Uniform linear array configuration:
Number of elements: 64
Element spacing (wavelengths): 1
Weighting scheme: uniform
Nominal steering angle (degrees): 15
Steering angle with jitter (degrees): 16.117
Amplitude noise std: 0.05
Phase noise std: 0.05

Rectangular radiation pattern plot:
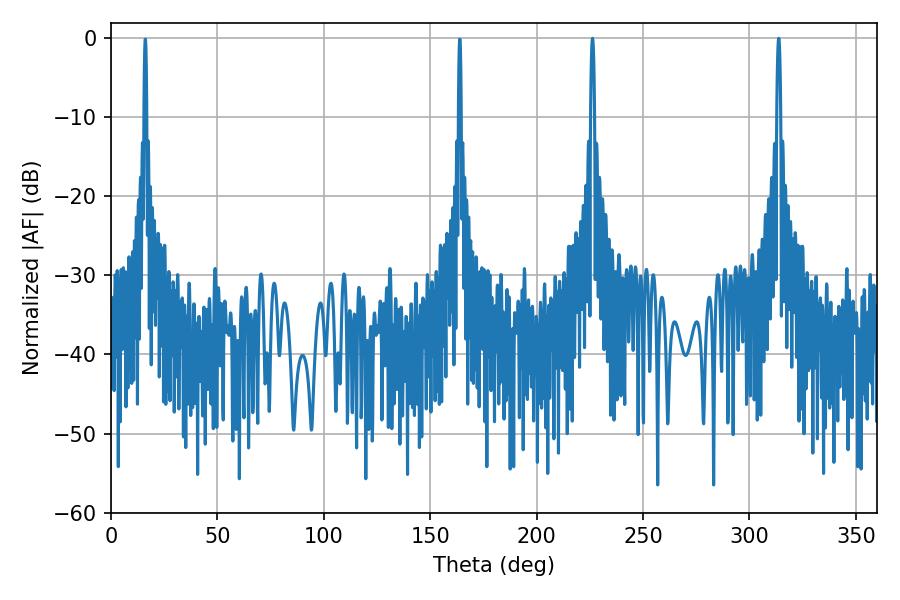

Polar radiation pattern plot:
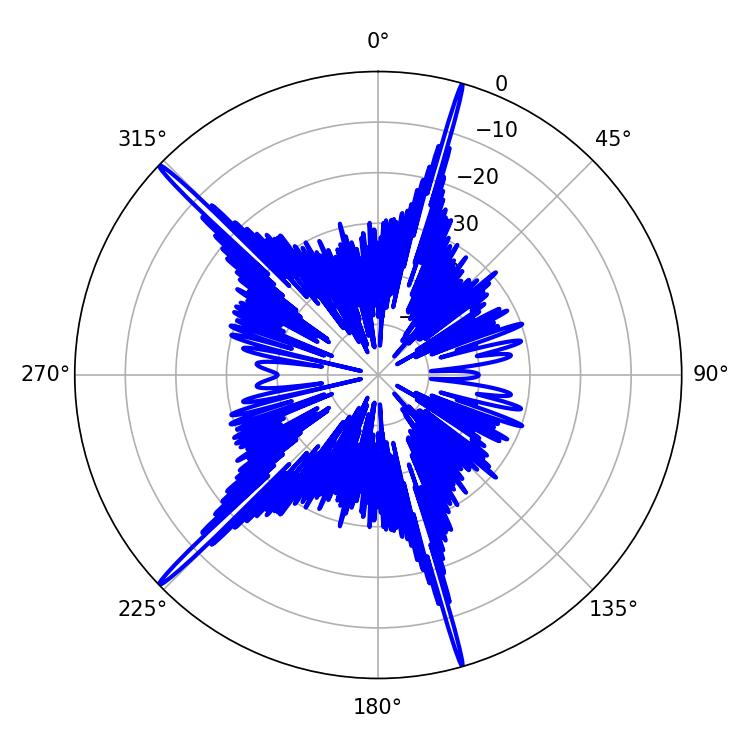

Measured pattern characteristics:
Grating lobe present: TRUE
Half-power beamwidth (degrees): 1.08
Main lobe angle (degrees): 313.74